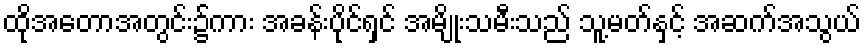
ထိုအတောအတွင်း၌ကား အခန်းပိုင်ရှင် အမျိုးသမီးသည် သူ့မတ်နှင့် အဆက်အသွယ်